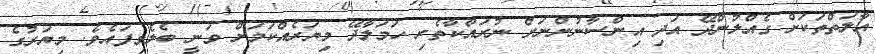
އާލަތްތަކަށް ގެއްލުންދޭ އަދި އިންސާނުންނަށް ނުރައްކާތެރި ހަމަލާދޭ މިޔަރެއްކަމަށް ވަނީ ބެލެވިފައެވެ. މިޔަރުގެ